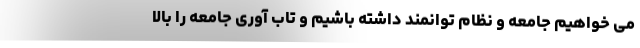
می خواهیم جامعه و نظام توانمند داشته باشیم و تاب آوری جامعه را بالا